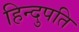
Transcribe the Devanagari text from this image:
हिन्दुपति